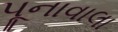
પૂનાવાલા